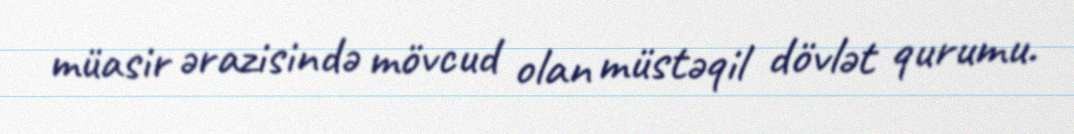
müasir ərazisində mövcud olan müstəqil dövlət qurumu.